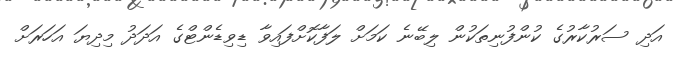
އަދި ސަރުކާރުގެ ކުންފުނިތަކުން ލިބޭނެ ކަމަށް ލަފާކޮށްފައިވާ ޑިވިޑެންޓްގެ އަދަދު މިދިޔަ އަހަރަށް